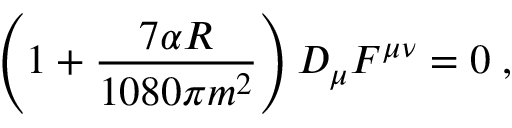
\left( 1 + \frac { 7 \alpha R } { 1 0 8 0 \pi m ^ { 2 } } \right) D _ { \mu } F ^ { \mu \nu } = 0 \; ,